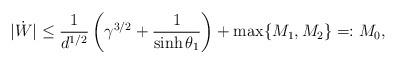
LaTeX: \begin{align*}|\dot{W}| \leq \frac{1}{d^{1/2}}\left(\gamma^{3/2}+\frac{1}{\sinh \theta_{1}}\right)+\max\{M_{1},M_{2}\}=:M_{0},\end{align*}